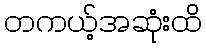
တကယ့်အဆုံးထိ